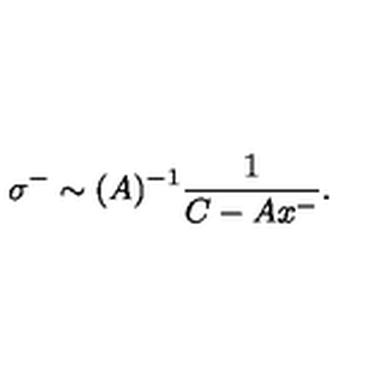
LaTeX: \sigma ^ { - } \sim ( A ) ^ { - 1 } \frac { 1 } { C - A x ^ { - } } .